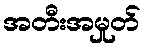
အတီးအမှုတ်